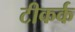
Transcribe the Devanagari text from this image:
टीकर्क